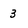
Character: 3